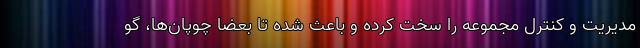
مدیریت و کنترل مجموعه را سخت کرده و باعث شده تا بعضا چوپان‌ها، گو